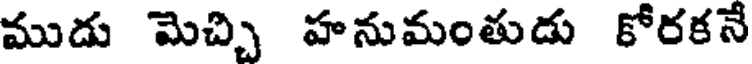
ముడు మెచ్చి హనుమంతుడు కోరకనే